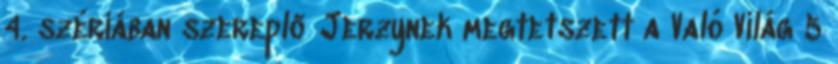
4. szériában szereplő Jerzynek megtetszett a Való Világ 5